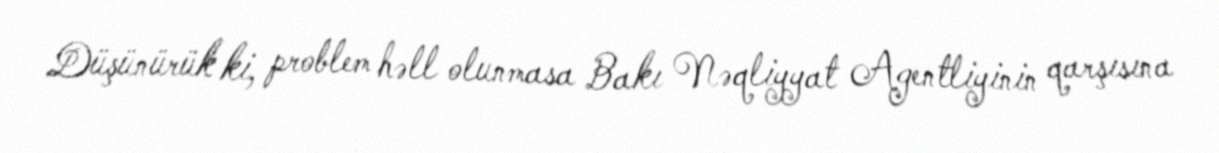
Düşünürük ki, problem həll olunmasa Bakı Nəqliyyat Agentliyinin qarşısına